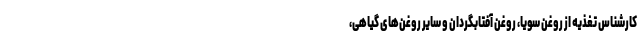
کارشناس تغذیه از روغن سویا، روغن آفتابگردان و سایر روغن‌های گیاهی،